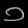
Digit: ၁